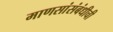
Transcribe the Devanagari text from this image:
माणसांसंबंधीची